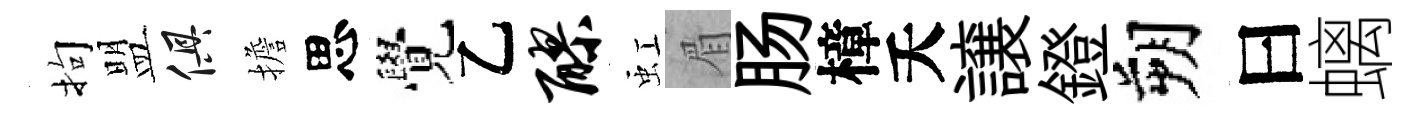
拘盟俱擔思覺乙醪虹眉肠樟夭譲鐙朔曰螭